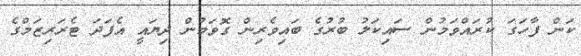
ކަން ފާހަގަ ކުރައްވަމުން ސައިކަލު ބުރުގެ ބައިވެރިން ގޮވަމުން ދިޔައީ އެފަދަ ޓެރަރިޒަމްގެ